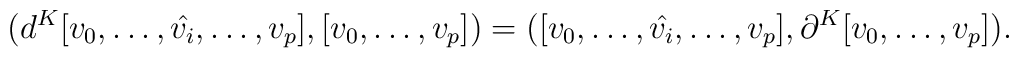
(d^K[v_0,\dots,\hat{v_i},\dots,v_p],[v_0,\dots,v_p])=([v_0,\dots,\hat{v_i},\dots,v_p],\partial^K[v_0,\dots,v_p]).